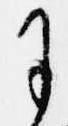
に